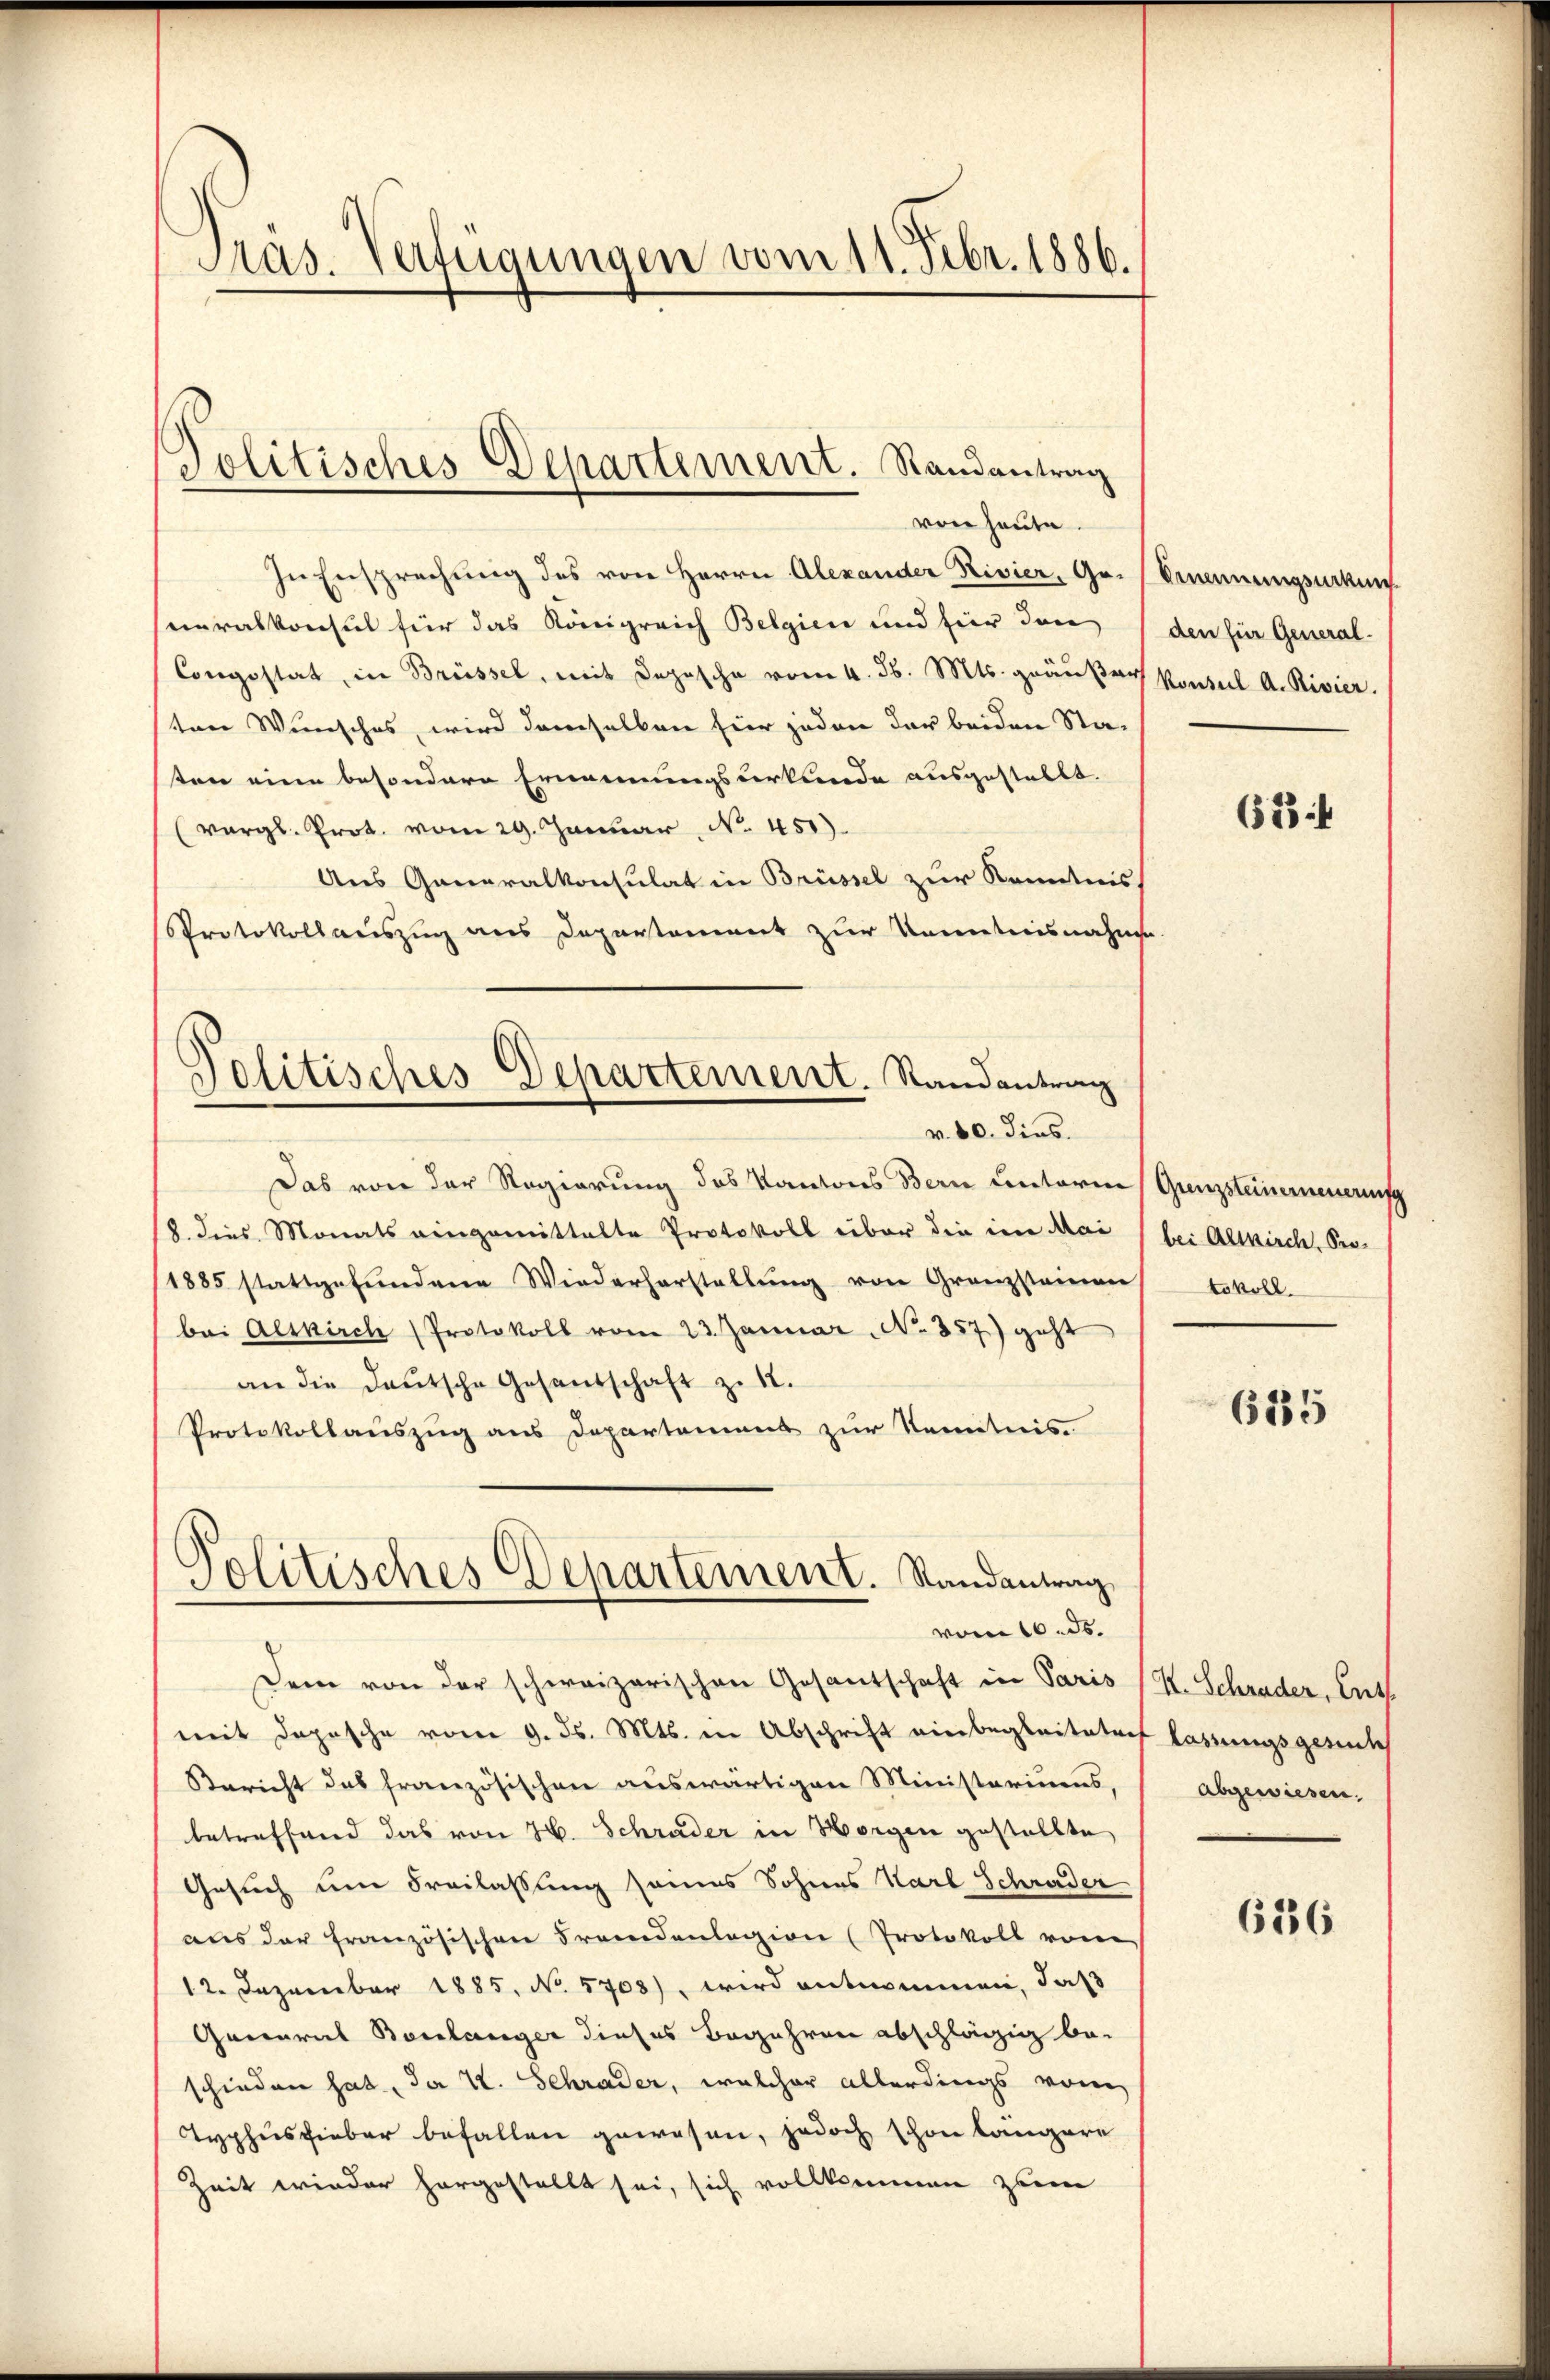
Präs. Verfügungen vom 11. Febr. 1886.

Jolitisches Departement. Randantrag

von heute.
In Ersprechung des von Herrn Alexander Rivier, Gr. Ernennungsurkung
neralkonsul für das Königreich Belgien und für den den für General-
Congestat, in Brüssel, mit Depesche vom 4. d. Mts. geäußer Konseil A. Rivier.
ten Wunsches, wird demselben hier jeden der beiden Sta-
tten eine besondere Ernennungsverkunde ausgestellt.
(vergl. Prot. vom 29. Januar No. 451).
Aus Generalkonsulat in Brüssel zur Kenntnis
Protokollauszug aus Departament zur Kenntnisnahme.
Politisches Departement. Randantrag

v. 80. dies.

Das von der Regierung des Kantons Bern unterm Grenzsteinerneuerung
8. dies Monats eingemittalte Protokoll über die im Mai
1885 stattgefŭndene Wiederherstellŭng von Granzstainen tokoll.
bei Altkirch Protokoll vom 23. Januar No. 857) geht
an die deŭtsche Gesandschaft zu 12.
Protokollauszug aus Departement zur Kenntnis
Solitisches Departement. Randantrag

vom 16. ds.

Dem von der schweizerischen Gesantschaft in Paris (S. Schrader, Ents
mit Depesche vom 9. ds. Mts. in Abschrift einbegleiteten lassungsgerich
Bericht des französischen auswärtigen Ministeriums,
betreffend das von 26. Schrader in Horgen gestellte
Gesuch um Freilassung seines Sohnes Karl Schruder
aus der französischen Fremdenlagion (Protokoll vom
12. Dezember 1885. No 5708), wird entnommen, daß
General Borlanger dieses Begehren abschlägig be-
schieden hat, der V. Schrader, welcher allerdings vom
Typhusfieber befallen gewesen, jedoch schon längere
Zeit wieder horgestellt sei, sich vollkommen zum

6523 f

bei Altkirch, Pro¬

685

abgewiesen.

626